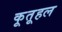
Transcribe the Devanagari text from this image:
कूतूहल